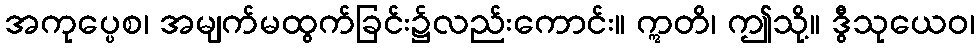
အကုပ္ပေစ၊ အမျက်မထွက်ခြင်း၌လည်းကောင်း။ ဣတိ၊ ဤသို့။ ဒွီသုယေဝ၊